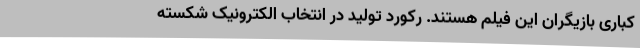
کباری بازیگران این فیلم هستند. رکورد تولید در انتخاب الکترونیک شکسته